Annual administration report of the Civil Veterinary Department of India - 1898-1899
Year: 1898
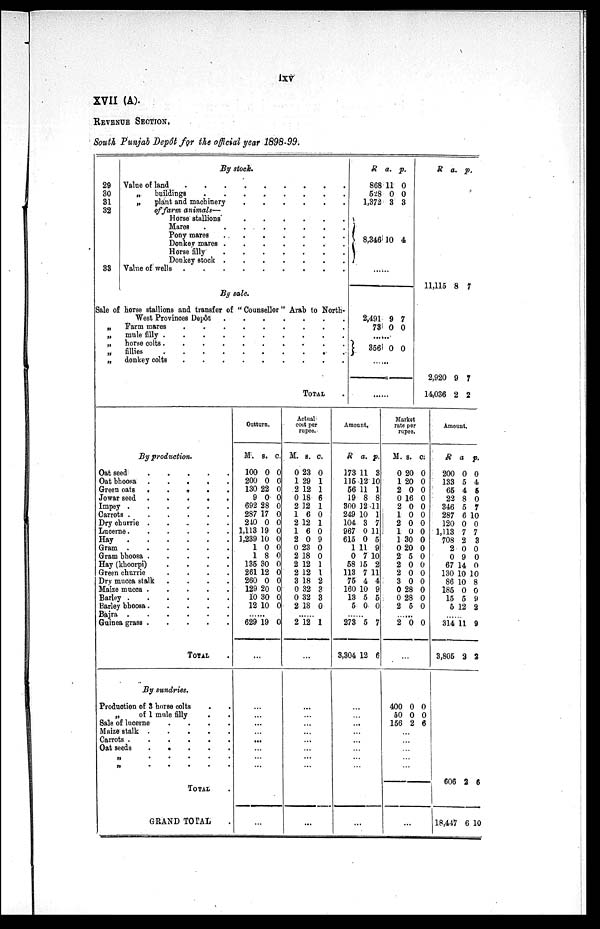
lxv
XVII (A).
REVENUE SECTION.
South Punjab Depôt for the official year 1898-99.
29
30
31
32
33
By stock.
Value of land
.
.
.
.
.
.
.
.
.
„
buildings
.
.
.
.
.
.
.
.
„
plant and machinery
.
.
.
.
.
.
of farm animals—
Horse stallions
.
.
.
.
.
.
.
.
Mares . . . . . . . .
Pony mares
.
.
.
.
.
.
.
Donkey mares
.
.
.
.
.
.
.
Horse
filly
.
.
.
.
.
.
.
Donkey stock
.
.
.
.
.
.
.
Value of wells
.
.
.
.
.
.
.
By sale.
Sale of horse stallions and transfer of " Counsellor " Arab to North-
West Provinces Depôt .
.
.
.
.
. . .
„
„
„
„
„
Farm mares
.
.
.
.
.
.
.
.
.
mule filly .
.
.
.
.
.
.
.
.
.
horse colts .
.
.
.
.
.
.
.
.
fillies
.
.
.
.
.
.
.
.
.
.
donkey colts
.
.
.
.
TOTAL .
R
868
528
1,372
a.
11
0
3
p.
0
0
3
} 8,346 10 4
....
2,491
73
9
0
7
0
.....
}
356 0 0
.....
....
R a. p.
11,115 8 7
2,920
14,036
9
2
7
2
By production.
Oat seed
.
.
.
.
.
Oat bhoosa
.
.
.
.
.
Green oats
.
.
.
.
.
Jowar seed
.
.
.
.
.
Impey
.
.
.
.
.
.
Carrots
.
.
.
.
.
Dry churrie
.
.
.
.
.
.
Lucerne
.
.
.
.
.
Hay
.
.
.
.
.
Gram
.
.
.
.
.
Gram bhoosa
.
.
.
.
.
Hay (khoorpi)
.
.
. . .
Green churrie
.
.
.
.
Dry mucca stalk .
.
.
.
Maize mucca
.
.
.
.
.
Barley
.
.
.
.
.
.
Barley bhoosa . . . . . .
Bajra
.
.
.
.
.
.
Guinea grass
.
.
.
.
.
TOTAL .
By sundries.
Production of 3 horse colts . .
„
of 1 mule filly . .
Sale of lucerne
.
.
.
.
Maize stalk
.
.
.
.
.
Carrots
.
.
.
.
.
Oat seeds . . . . .
„ .
.
. . . .
„ . . . . .
TOTAL .
GRAND TOTAL .
Outturn.
M.
100
200
130
9
692
287
240
1,113
1,239
1
1
135
261
260
129
10
12
S.
0
0
22
0
28
17
0
19
10
0
8
30
12
0
20
30
10
C.
0
0
0
0
0
0
0
0
0
0
0
0
0
0
0
0
0
.....
629 19 0
...
...
...
...
...
...
...
...
...
Actual
cost per
rupee.
M.
0
1
2
0
2
1
2
1
2
0
2
2
2
3
0
0
2
S.
23
29
12
18
12
6
12
6
0
23
18
12
12
18
32
32
18
C.
0
1
1
6
1
0
1
0
9
0
0
1
1
2
3
3
0
.....
2 12 1
...
...
...
...
...
...
...
...
...
Amount.
R
173
115
56
19
300
249
104
967
615
1
0
58
113
75
160
13
5
a.
11
12
11
8
12
10
3
0
0
11
7
15
7
4
10
5
0
p.
3
10
1
8
11
1
7
11
5
9
10
2
11
4
9
5
0
.....
273
3,304
5
12
7
6
...
...
...
...
...
...
...
...
Market
rate per
rupee.
M.
0
1
2
0
2
1
2
1
1
0
2
2
2
3
0
0
2
s.
20
20
0
16
0
0
0
0
30
20
5
0
0
0
28
28
5
c.
0
0
0
0
0
0
0
0
0
0
0
0
0
0
0
0
0
.....
2 0 0
...
400
50
156
0
0
2
0
0
6
...
...
...
...
...
...
Amount.
R
200
133
65
22
346
287
120
1,113
708
2
0
67
130
86
185
15
5
a
0
5
4
8
5
6
0
7
2
0
9
14
10
10
0
5
12
p.
0
4
5
0
7
10
0
7
3
0
0
0
10
8
0
9
2
.....
314
3,805
11
2
9
2
...
...
...
...
606 2 6
18,447 6 10